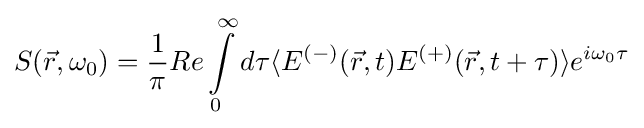
S({\vec {r}},\omega _{0})={\frac {1}{\pi }}Re\int \limits _{0}^{\infty }d\tau \langle E^{(-)}({\vec {r}},t)E^{(+)}({\vec {r}},t+\tau )\rangle e^{i\omega _{0}\tau }